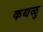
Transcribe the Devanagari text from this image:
कथळु